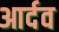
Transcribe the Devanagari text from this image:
आर्दव